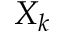
X _ { k }